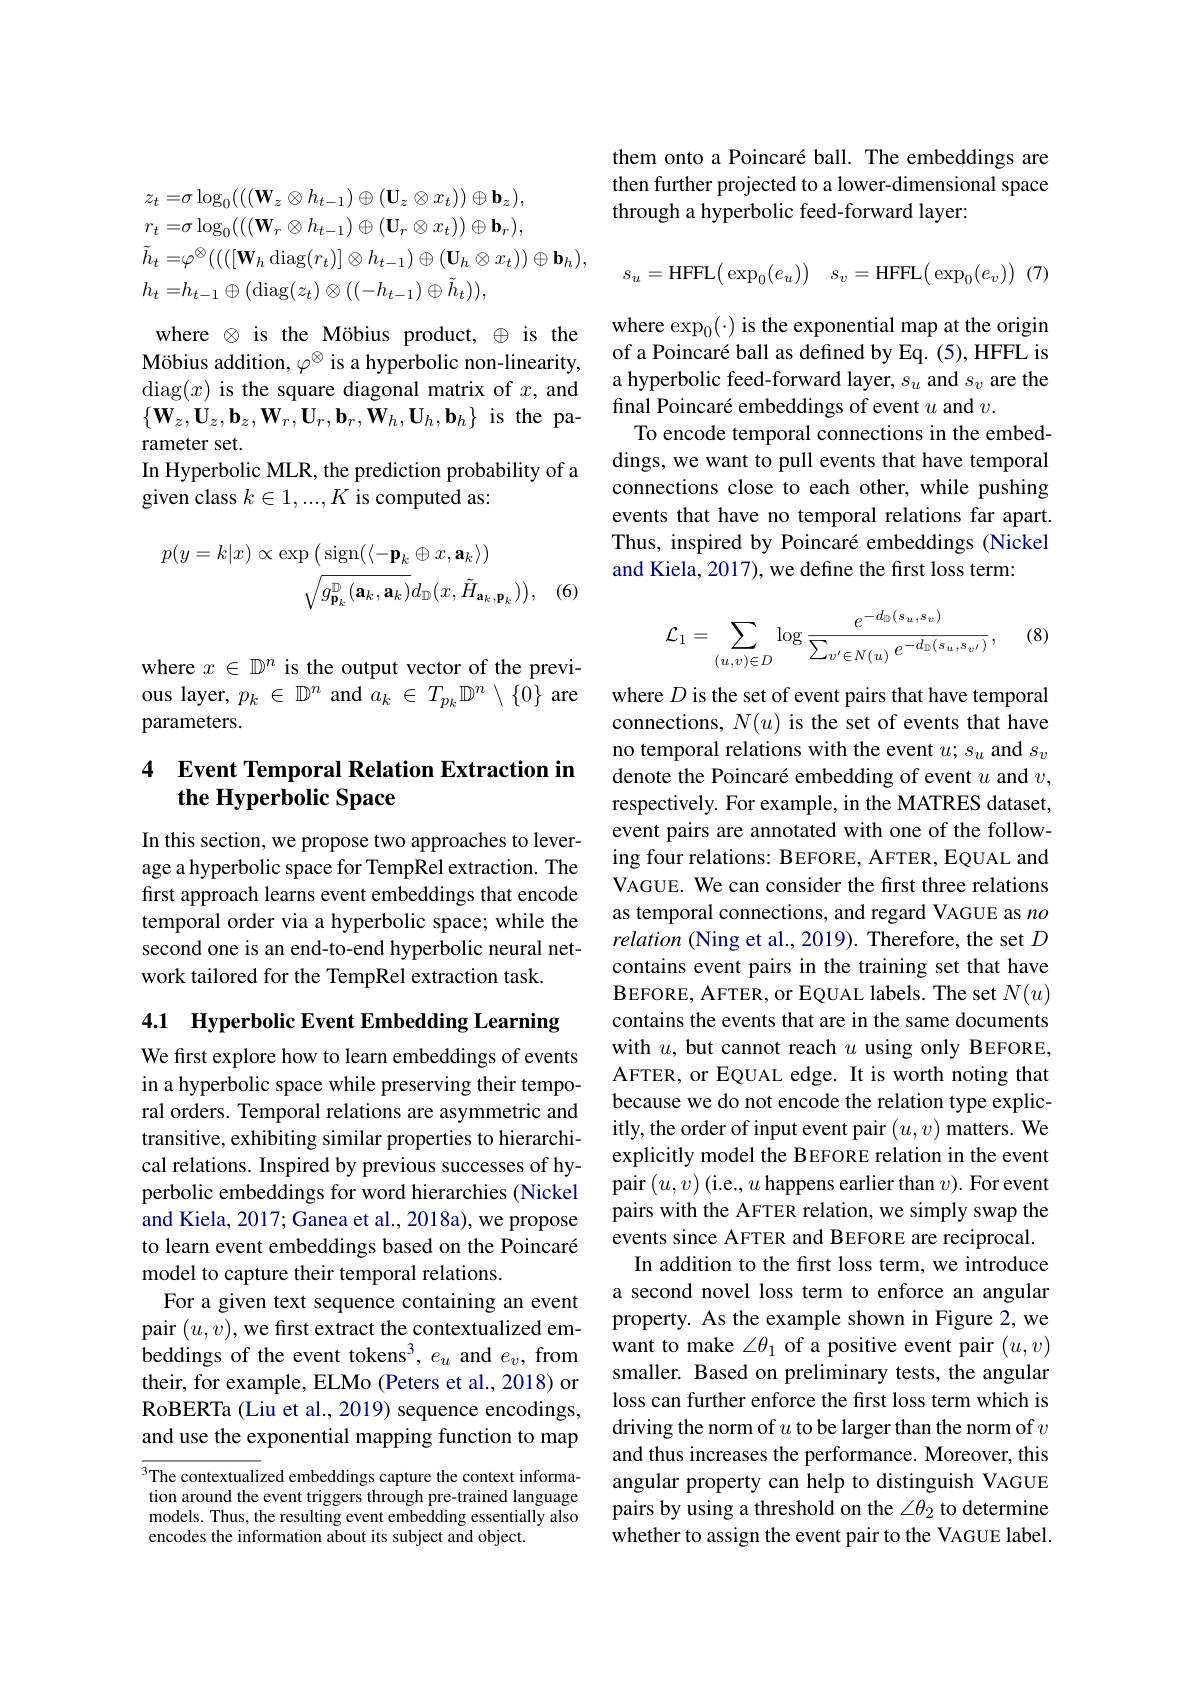
$z_{t}=\sigma\log_{0}(((\mathbf{W}_{z}\otimes h_{t-1})\oplus(\mathbf{U}_{z}\otimes x_{t}))\oplus\mathbf{b}_{z})$,
$r_t=\sigma\log_0(((\mathbf{W}_r\otimes h_{t-1})\oplus(\mathbf{U}_r\otimes x_t))\oplus\mathbf{b}_r)$,
$\tilde{h}_t=\varphi^{\otimes}((([\mathbf{W}_h\operatorname{diag}(r_t)]\otimes h_{t-1})\oplus(\mathbf{U}_h\otimes x_t))\oplus\mathbf{b}_h)$,
$h_{t}=h_{t-1}\oplus($diag$(z_t)\otimes((-h_{t-1})\oplus\tilde{h}_t))$,
where $\otimes$ is the Möbius product, $\oplus$ is the Möbius addition, $\varphi^{\otimes}$ is a hyperbolic non-linearity, diag$(x)$ is the square diagonal matrix of $x$, and $\{\mathbf{W}_{z},\mathbf{U}_{z},\mathbf{b}_{z},\mathbf{W}_{r},\mathbf{U}_{r},\mathbf{b}_{r},\mathbf{W}_{h},\mathbf{U}_{h},\mathbf{b}_{h}\}$ is the parameter set.
In Hyperbolic MLR, the prediction probability of a
given class $k\in1,...,K$ is computed as:
$$\begin{aligned}p(y=k|x)\propto\exp\left(\operatorname{sign}(\langle-\mathbf{p}_{k}\oplus x,\mathbf{a}_{k}\rangle)\right.\\\sqrt{g_{\mathbf{p}_{k}}^{\mathbb{D}}(\mathbf{a}_{k},\mathbf{a}_{k})}d_{\mathbb{D}}(x,\tilde{H}_{\mathbf{a}_{k},\mathbf{p}_{k}})\big),\end{aligned}$$
(6)

where $x\in\mathbb{D}^n$ is the output vector of the previous layer, $p_k\in\mathbb{D}^n$ and $a_k\in T_{p_k}\mathbb{D}^n\setminus\{0\}$ are parameters.

## 4 Event Temporal Relation Extraction in the Hyperbolic Space

In this section, we propose two approaches to leverage a hyperbolic space for TempRel extraction. The first approach learns event embeddings that encode temporal order via a hyperbolic space; while the second one is an end-to-end hyperbolic neural network tailored for the TempRel extraction task.

4.1 Hyperbolic Event Embedding Learning

We first explore how to learn embeddings of events in a hyperbolic space while preserving their temporal orders. Temporal relations are asymmetric and transitive, exhibiting similar properties to hierarchical relations. Inspired by previous successes of hyperbolic embeddings for word hierarchies (Nickel and Kiela, 2017; Ganea et al., 2018a), we propose to learn event embeddings based on the Poincaré model to capture their temporal relations.
For a given text sequence containing an event pair $(u,v)$,we first extract the contextualized embeddings of the event tokens$^3,e_u$ and $e_v$, from their, for example, ELMo (Peters et al., 2018) or RoBERTa (Liu et al., 2019) sequence encodings, and use the exponential mapping function to map

The contextualized embeddings capture the context information around the event triggers through pre-trained language models. Thus, the resulting event embedding essentially also encodes the information about its subject and object.

them onto a Poincaré ball. The embeddings are then further projected to a lower-dimensional space through a hyperbolic feed-forward layer:

$s_u=$HFFL$( \exp _0( e_u) )$ $s_v=$HFFL$( \exp _0( e_v) )$ (7)

where $\exp_0(\cdot)$ is the exponential map at the origin of a Poincaré ball as defined by Eq. (5), HFFL is a hyperbolic feed-forward layer, $s_u$ and $s_v$ are the final Poincaré embeddings of event $u$ and $v.$
To encode temporal connections in the embeddings, we want to pull events that have temporal connections close to each other, while pushing events that have no temporal relations far apart. Thus, inspired by Poincaré embeddings (Nickel and Kiela, 2017), we define the first loss term:
$$\mathcal{L}_{1}=\sum_{(u,v)\in D}\log\frac{e^{-d_{\mathbb{D}}(s_{u},s_{v})}}{\sum_{v'\in N(u)}e^{-d_{\mathbb{D}}(s_{u},s_{v'})}},$$
(8)

where $D$ is the set of event pairs that have temporal connections, $N(u)$ is the set of events that have no temporal relations with the event $u;s_u$ and $s_v$ denote the Poincaré embedding of event $u$ and $v$, respectively. For example, in the MATRES dataset, event pairs are annotated with one of the following four relations: BEFORE, AFTER, EQUAL and VAGUE. We can consider the first three relations as temporal connections, and regard VAGUE as $no$ relation (Ning et al., 2019). Therefore, the set $D$ contains event pairs in the training set that have $\mathbf{BEFORE,AFTER,orEQUAL~labels.~The~set~}N(u)$ contains the events that are in the same documents with $u$, but cannot reach $u$ using only BEFORE, AFTER, or EQUAL edge. It is worth noting that because we do not encode the relation type explicitly, the order of input event pair $(u,v)$ matters. We explicitly model the BEFORE relation in the event pair$\left(u,v\right)$(i.e., $u$ happens earlier than $v).$ For event pairs with the AFTER relation, we simply swap the events since AFTER and BEFORE are reciprocal.
In addition to the first loss term, we introduce a second novel loss term to enforce an angular property. As the example shown in Figure 2, we want to make $\angle\theta_1$ of a positive event pair $(u,v)$ smaller. Based on preliminary tests, the angular loss can further enforce the first loss term which is driving the norm of $u$ to be larger than the norm of $v$ and thus increases the performance. Moreover, this angular property can help to distinguish VAGUE pairs by using a threshold on the $\angle\theta_2$ to determine whether to assign the event pair to the VAGUE label.